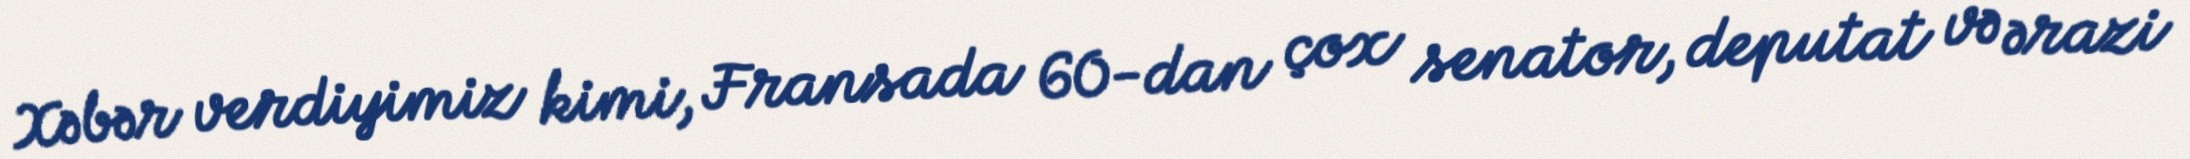
Xəbər verdiyimiz kimi, Fransada 60-dan çox senator, deputat və ərazi